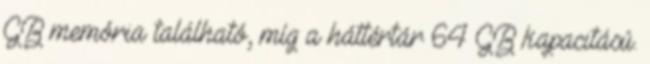
GB memória található, míg a háttértár 64 GB kapacitású.